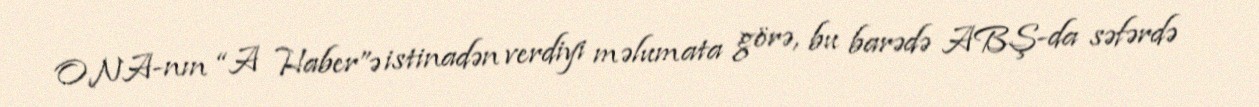
ONA-nın “A Haber”ə istinadən verdiyi məlumata görə, bu barədə ABŞ-da səfərdə